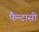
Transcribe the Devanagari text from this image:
फैन्टासी